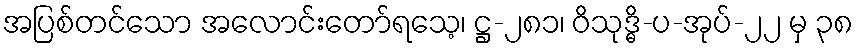
အပြစ်တင်သော အလောင်းတော်ရသေ့၊ ဋ္ဌ-၂၈၁၊ ဝိသုဒ္ဓိ-ပ-အုပ်-၂၂ မှ ၃၈